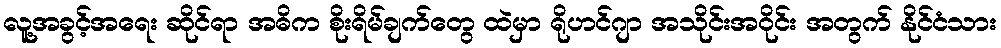
လူ့အခွင့်အရေး ဆိုင်ရာ အဓိက စိုးရိမ်ချက်တွေ ထဲမှာ ရိုဟင်ဂျာ အသိုင်းအဝိုင်း အတွက် နိုင်ငံသား